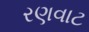
રણવાટ